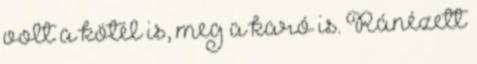
volt a kötél is, meg a karó is. Ránézett